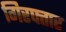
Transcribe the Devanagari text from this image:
गिरफ्तार